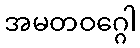
အမတဝဂ္ဂေါ